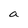
Character: a